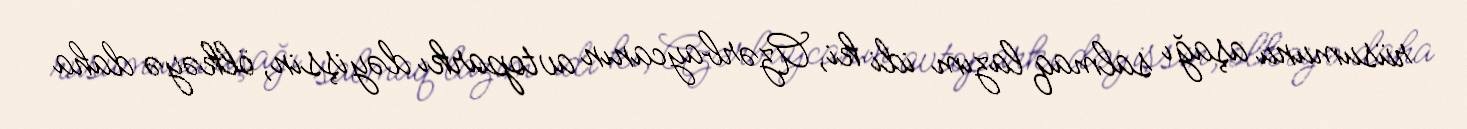
rüsumunu aşağı salmaq lazım idi ki, Azərbaycanın avtoparkı dəyişsin, ölkəyə daha